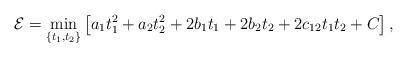
LaTeX: \begin{align*} \mathcal{E}=\min_{\{t_1,t_2\}} \left[a_1t_1^2+a_2t_2^2+2b_1t_1+2b_2t_2+2c_{12}t_1t_2+C\right],\end{align*}